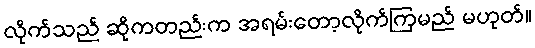
လိုက်သည် ဆိုကတည်းက အရမ်းတော့လိုက်ကြမည် မဟုတ်။